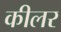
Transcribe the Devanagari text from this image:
कीलर